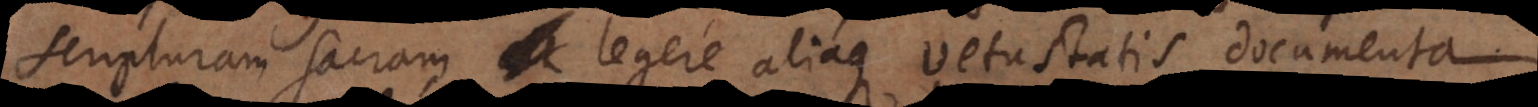
scripturam sacram legere aliaque vetustatis documenta